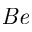
\mathit { B e }